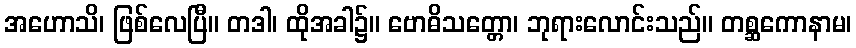
အဟောသိ၊ ဖြစ်လေပြီ။ တဒါ၊ ထိုအခါ၌။ ဗောဓိသတ္တော၊ ဘုရားလောင်းသည်။ တစ္ဆကောနာမ၊